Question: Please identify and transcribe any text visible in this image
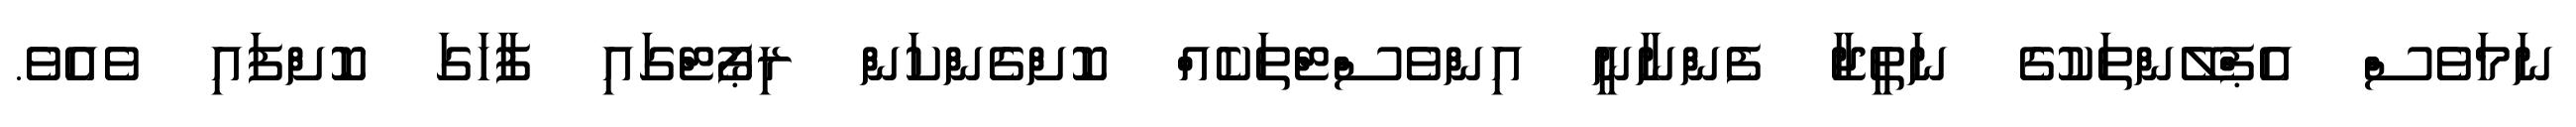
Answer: ނަމަވެސް އެޕްލޭންތަކުގެ ނަތީޖާ ފެންނާނީ އިންވެސްޓްތަކެއް ކޮށްގެންކަން ރިޕޯޓްގައި ފާހަގަ ކޮށްފައި ވެއެވެ.